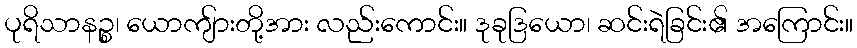
ပုရိသာနဉ္စ၊ ယောကျ်ားတို့အား လည်းကောင်း။ ဒုခုဒြယော၊ ဆင်းရဲခြင်း၏ အကြောင်း။